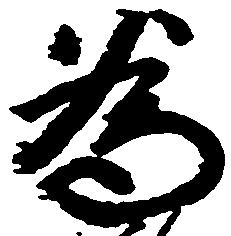
為